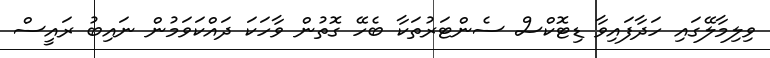
ވިލިމާލޭގައި ހަދާފައިވާ ޑިޓޮކްސް ސެންޓަރުތަކާ ބެހޭ ގޮތުން ވާހަކަ ދައްކަވަމުން ނައިބު ރައީސް